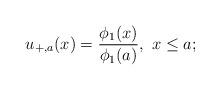
LaTeX: \begin{align*}u_{+,a}(x)=\frac{\phi_1(x)}{\phi_1(a)},\ x\le a;\end{align*}